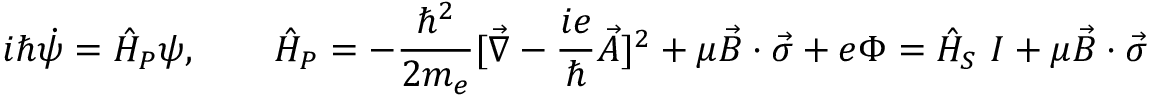
i \hbar \dot { \psi } = \hat { H } _ { P } \psi , \qquad \hat { H } _ { P } = - \frac { \hbar ^ { 2 } } { 2 m _ { e } } [ \vec { \nabla } - \frac { i e } { \hbar } \vec { A } ] ^ { 2 } + \mu \vec { B } \cdot \vec { \sigma } + e \Phi = \hat { H } _ { S } ~ I + \mu \vec { B } \cdot \vec { \sigma }